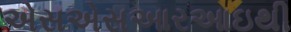
એસએસઆરઆઇથી